Insane asylums in Bengal annual reports 1867-1875 - 1867-1875
Year: 1867
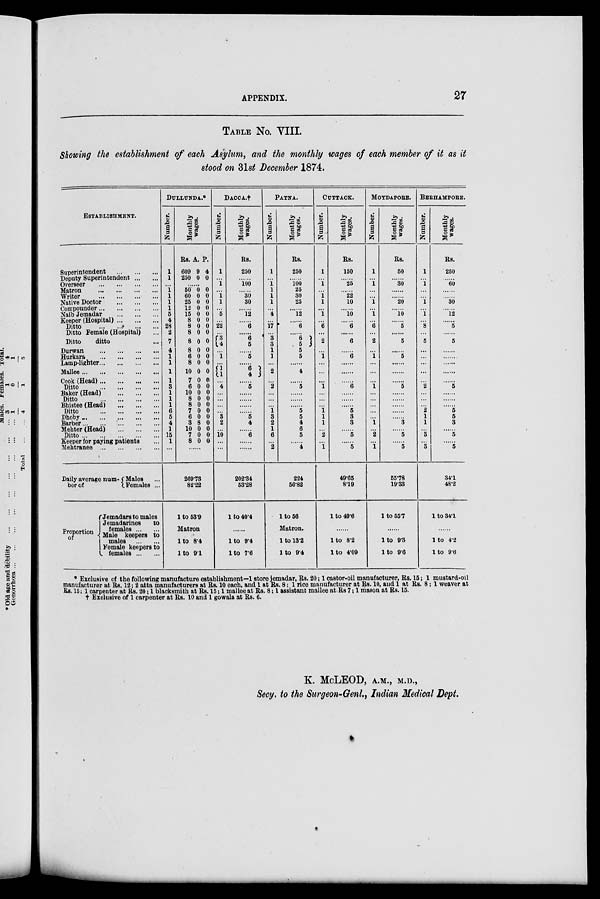
APPENDIX.
27
TABLE No. VIII.
Showing the establishment of each Asylum, and the monthly wages of each member of it as it
stood on 31st December 1874.
ESTABLISHMENT.
Superintendent
...
...
...
Deputy Superintendent ... ...
Overseer
... ...
...
Matron
...
...
...
Writer
...
...
...
Native Doctor
...
...
...
Compounder
...
...
...
Naib Jemadar
...
...
...
Keeper (Hospital) ... ... ...
Ditto
...
...
...
Ditto Female (Hospital) ...
Ditto
ditto ...
Durwan
...
...
...
...
Hurkara
...
...
...
...
Lamp-lighter ... ... ... ...
Mallee
...
...
...
...
Cook (Head) ... ... ... ...
Ditto
...
...
...
...
Baker (Head) ... ... ... ...
Ditto ... ... ... ...
Bhistee (Head) ... ... ... ...
Ditto
...
...
...
...
Dhoby ... ... ... ... ...
Barber
...
...
...
...
Mehter (Head) ... ... ... ...
Ditto
...
...
...
...
Keeper for paying patients ...
Mehtranee
...
...
...
...
Daily average num¬
ber of
Proportion
of
Males ...
Females ...
Jemadars to males
Jemadarines
to
females ... ...
Male keepers to
males
...
...
Female keepers to
females ... ...
DULLUNDA.*
Number.
1
1
...
1
1
1
1
5
4
28
2
7
4
1
1
1
1
3
1
1
1
6
5
4
1
15
1
...
Monthly
wages.
Rs.
609
250
A.
9
0
P.
4
0
......
50
60
25
12
15
8
8
8
8
8
6
8
10
7
6
10
8
8
7
6
3
10
7
8
0
0
0
0
0
0
0
0
0
0
0
0
0
0
0
0
0
0
0
0
8
0
0
0
0
0
0
0
0
0
0
0
0
0
0
0
0
0
0
0
0
0
0
0
0
0
0
0
......
269.73
82.22
1 to 53.9
Matron
1 to 8.4
1 to 9.1
DACCA.†
Number.
1
...
1
...
1
1
...
5
...
22
...
3 4
...
1
...
1 1
...
4
...
...
...
...
3
2
...
10
...
...
Monthly
wages.
Rs.
250
......
100
......
30
30
......
12
......
6
......
6
5
......
5
......
6 4
......
5
......
......
......
......
5
4
......
6
......
......
202.34
53.28
1 to 40.4
......
1 to 9.4
1 to 7.6
PATNA.
Number.
1
...
1
1
1
1
...
4
...
17
...
3
3
1
1
...
2
...
2
...
...
...
1
3
2
1
6
...
2
Monthly
wages.
Rs.
250
......
100
25
30
25
......
12
......
6
......
6 5 5
5
......
4
......
5
......
......
......
5
5
4
6
5
......
4
224
56.82
1 to 56
Matron.
1 to 13.2
1 to 9.4
CUTTACK.
Number.
1
...
1
...
1
1
...
1
...
6
...
2
...
1
...
...
...
1
...
...
...
1
1
1
...
2
...
1
Monthly
wages.
Rs.
150
......
25
......
22
10
......
10
......
6
......
6
......
6
......
......
......
6
......
......
......
5
3
3
......
5
......
5
49.65
8.19
1 to 49.6
......
1 to 8.2
1 to 4.09
MOYDAPORE.
Number.
1
...
1
...
...
1
...
1
...
6
...
2
...
1
...
...
...
1
...
...
...
...
...
1
...
2
...
1
Monthly
wages.
Rs.
50
......
30
......
......
20
......
10
......
5
......
5
......
5
......
......
......
5
......
......
......
......
......
3
......
5
......
5
55.78
19.33
1 to 55.7
......
1 to 9.3
1 to 9.6
BERHAMPORE.
Number.
1
...
1
...
...
1
...
1
...
8
...
5
...
...
...
...
...
2
...
...
...
2
1
1
...
3
...
3
Monthly
wages.
Rs.
250
......
60
......
......
30
......
12
......
5
......
5
......
......
......
......
......
5
......
......
......
5
5
3
......
5
......
5
34.1
48.2
1 to 34.1
......
1 to 4.2
1 to 9.6
* Exclusive of the following manufacture establishment—1 store jemadar, Rs. 20; 1 castor-oil manufacturer, Rs. 15; 1 mustard-oil
manufacturer at Rs. 12; 2 atta manufacturers at Rs. 10 each, and 1 at Rs. 8; 1 rice manufacturer at Rs. 10, and 1 at Rs. 8; 1 weaver at
Rs. 15; 1 carpenter at Rs. 20; 1 blacksmith at Rs. 15; 1 mallee at Rs. 8; 1 assistant mallee at Rs 7; 1 mason at Rs. 15.
† Exclusive of 1 carpenter at Rs. 10 and 1 gowala at Rs. 6.
K. McLEOD, A.M., M.D.,
Secy. to the Surgeon-Genl., Indian Medical Dept.